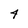
Character: 4